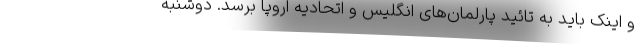
و اینک باید به تائید پارلمان‌های انگلیس و اتحادیه اروپا برسد. دوشنبه